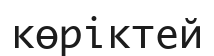
көріктей